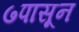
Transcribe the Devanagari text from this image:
७पासून